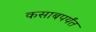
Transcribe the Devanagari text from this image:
कसाबपर्यंत